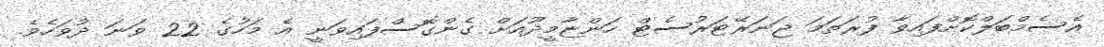
އެސެމްބަލްކޮށްފައިވާ ފުރަތަމަ ޖަނަރޭޓަރުސެޓް ހަންޏާމީދޫއަށް ގެންގޮސްފައިވަނީ އެ މަހުގެ 22 ވަނަ ދުވަހެވެ.